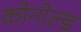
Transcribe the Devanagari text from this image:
कोनोल्ड